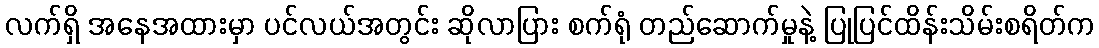
လက်ရှိ အနေအထားမှာ ပင်လယ်အတွင်း ဆိုလာပြား စက်ရုံ တည်ဆောက်မှုနဲ့ ပြုပြင်ထိန်းသိမ်းစရိတ်က